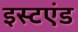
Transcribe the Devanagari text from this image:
इस्टएंड